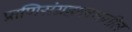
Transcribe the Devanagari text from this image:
प्राणिसंग्रहालयातील